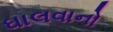
ઘાલવાનો